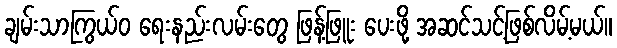
ချမ်းသာကြွယ်ဝ ရေးနည်းလမ်းတွေ ဖြန့်ဖြူး ပေးဖို့ အဆင်သင့်ဖြစ်လိမ့်မယ်။